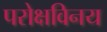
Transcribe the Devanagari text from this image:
परोक्षविनय